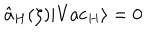
\hat { a } _ { H } ( \zeta ) \vert \mathrm { V a c } _ { H } \rangle = 0